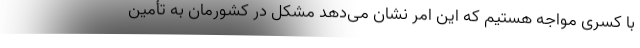
با کسری مواجه هستیم که این امر نشان می‌دهد مشکل در کشورمان به تأمین